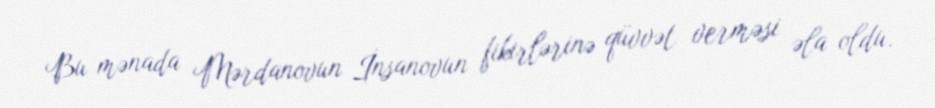
Bu mənada Mərdanovun İnsanovun fikirlərinə qüvvət verməsi əla oldu.